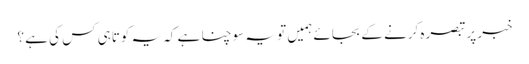
خبر پر تبصرہ کرنے کے بجائے ہمیں تو یہ سوچنا ہے کہ یہ کوتاہی کس کی ہے ؟